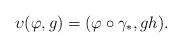
LaTeX: \begin{align*}\upsilon(\varphi,g)= (\varphi \circ \gamma_*,gh).\end{align*}